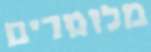
מלומדים